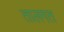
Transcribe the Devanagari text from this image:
तालगत